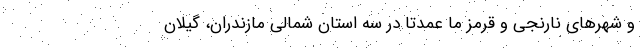
و شهرهای نارنجی و قرمز ما عمدتا در سه استان شمالی مازندران، گیلان